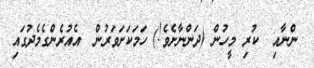
ންނާއި  ކުރި މީހުން (ދަންނާށެވެ!) ހަމަކަށަވަރުން  އެއުރެންގެމެދުގައި